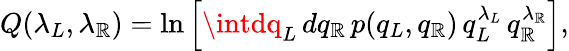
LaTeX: Q(\lambda_{L},\lambda_{\mathbb{R}})=\ln\left[\intdq_{L}\, dq_{\mathbb{R}}\, p(q_{L},q_{\mathbb{R}})\, q_{L}^{\lambda_{L}}\, q_{\mathbb{R}}^{\lambda_{\mathbb{R}}}\right],